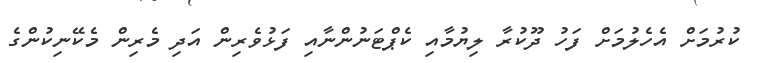
ކުރުމަށް އެހެލުމަށް ފަހު ދޫކުރާ ލިޔުމާއި ކެޕްޓަނުންނާއި ފަޅުވެރިން އަދި މެރިން މެކޭނިކުންގެ